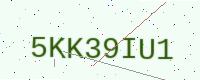
Text: 5KK39IU1